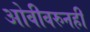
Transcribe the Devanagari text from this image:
ओवीवरुनही